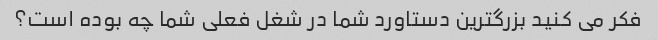
فکر می کنید بزرگترین دستاورد شما در شغل فعلی شما چه بوده است؟